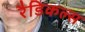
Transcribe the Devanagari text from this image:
रैडिकल्स